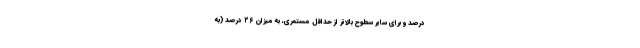
درصد و برای سایر سطوح بالاتر از حداقل مستمری، به میزان ۲۶ درصد (به